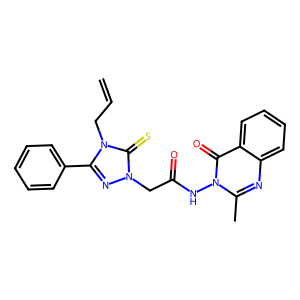
SMILES: C=CCn1c(-c2ccccc2)nn(CC(=O)Nn2c(C)nc3ccccc3c2=O)c1=S
Inhibits HIV replication: No